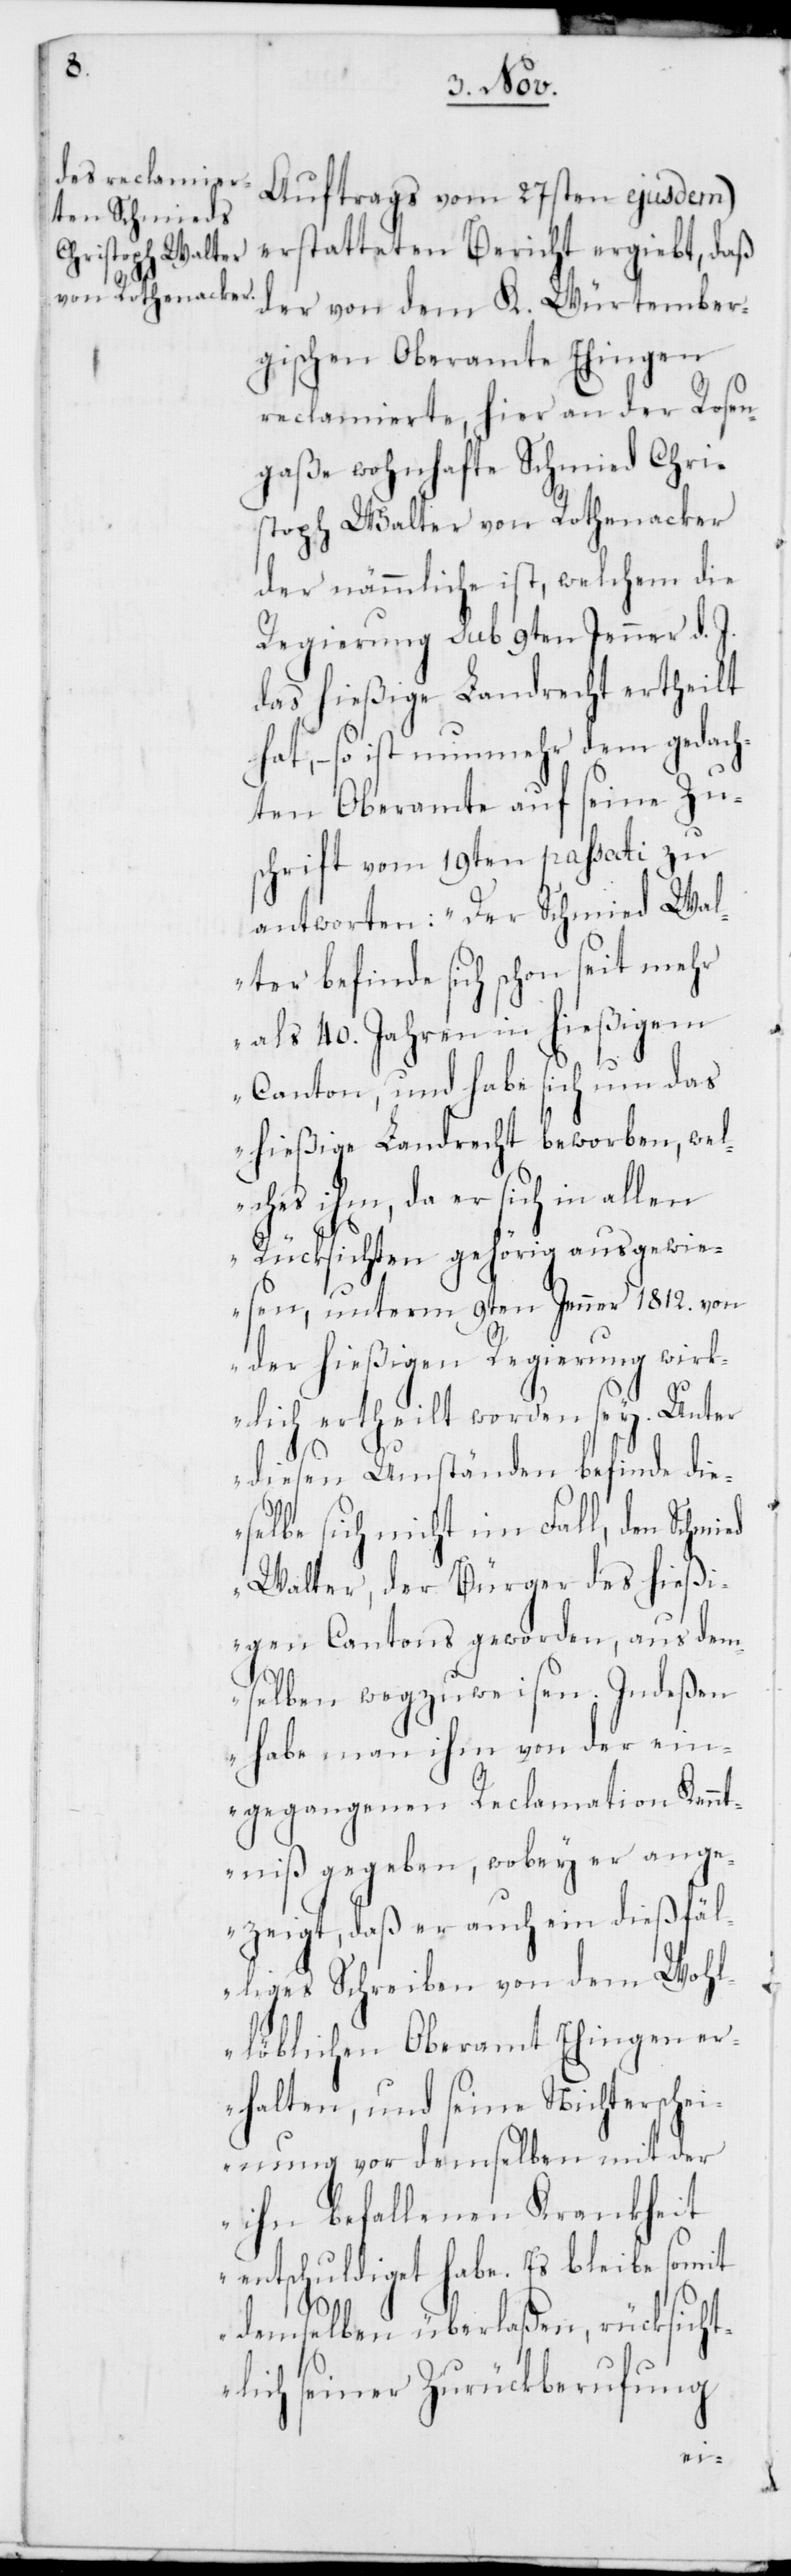
Auftrags vom 27sten ejusdem)
erstatteten Bericht ergiebt, daß
der von dem K. Würtember¬
gischen Oberamte Ehingen
reclamierte, hier an der Rosen¬
gaße wohnhafte Schmied Chri¬
stoph Walter von Rothenacker
der nämmliche ist, welchem die
Regierung sub 9ten Jenner d. J.
das hießige Landrecht ertheilt
hat; – so ist nunmehr dem gedach¬
ten Oberamte auf seine Zu¬
schrift vom 19ten passati zu
antworten: „Der Schmied Wal¬
ter befinde sich schon seit mehr
als 40. Jahren in hießigem
Canton und habe sich um das
hießige Landrecht beworben, wel¬
ches ihm, da er sich in allen
Rücksichten gehörig ausgewie¬
sen, unterm 9ten Jenner 1812. von
der hießigen Regierung wirk¬
lich ertheilt worden sey. Unter
diesen Umständen befinde die¬
selbe sich nicht im Fall, dem Schmied
Walter, der Bürger des hießi¬
gen Cantons geworden, aus dem¬
selben wegzuweisen. Indeßen
habe man ihm von der ein¬
gegangenen Reclamation Kennt¬
niß gegeben, wobey er ange¬
zeigt, daß er auch ein dießfäl¬
liges Schreiben von dem Wohl¬
löblichen Oberamt Ehingen er¬
halten, und seine Nichterschei¬
nung vor demselben mit der
ihn befallenen Krankheit
entschuldiget habe. Es bleibe somit
demselben überlaßen, rücksicht¬
lich seiner Zurückberufung